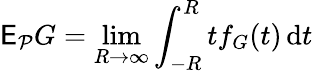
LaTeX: \mathsf E_{\mathcal P}G=\operatorname*{lim}_{R\to\infty}\int_{-R}^{R}tf_{G}(t)\, \mathrm dt